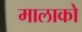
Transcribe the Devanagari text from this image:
मालाको